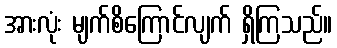
အားလုံး မျက်စိကြောင်လျက် ရှိကြသည်။